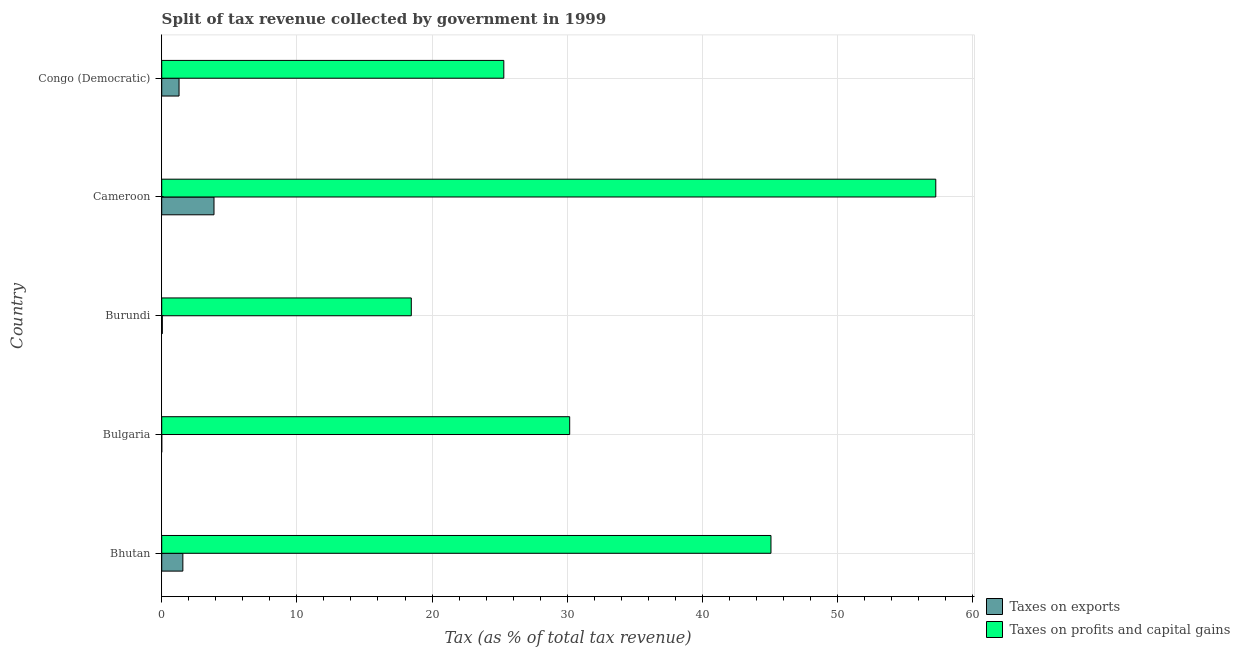
| Country | Taxes on exports | Taxes on profits and capital gains |
 | --- | --- | --- |
 | Bhutan | 1.56 | 45.1 |
 | Bulgaria | 0.0016 | 30.2 |
 | Burundi | 0.0459 | 18.5 |
 | Cameroon | 3.87 | 57.3 |
 | Congo (Democratic) | 1.28 | 25.3 |